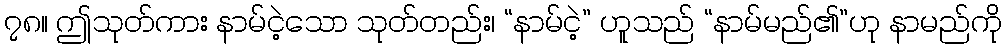
၇၈။ ဤသုတ်ကား နာမ်ငဲ့သော သုတ်တည်း၊ “နာမ်ငဲ့” ဟူသည် “နာမ်မည်၏”ဟု နာမည်ကို